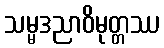
သမ္မဒညာဝိမုတ္တဿ